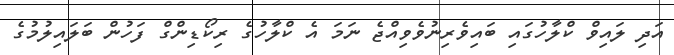
އަދި ލައިވް ކްލާހުގައި ބައިވެރިނުވެވިއްޖެ ނަމަ އެ ކްލާހުގެ ރިކޯޑިންގް ފަހުން ބަލައިލުމުގެ